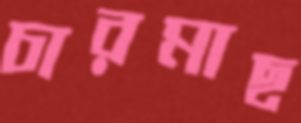
চারমাছ